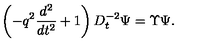
\left( - q ^ { 2 } \frac { d ^ { 2 } } { d t ^ { 2 } } + 1 \right) D _ { t } ^ { - 2 } \Psi = \Upsilon \Psi .